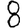
Digit: 8